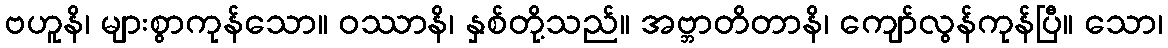
ဗဟူနိ၊ များစွာကုန်သော။ ဝဿာနိ၊ နှစ်တို့သည်။ အဗ္ဘာတိတာနိ၊ ကျော်လွန်ကုန်ပြီ။ သော၊